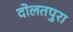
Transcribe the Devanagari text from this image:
दोलतपुरा